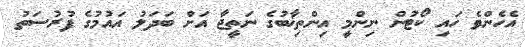
އެހެންވެ ހައި ކޯޓުން ނިންމީ އިންތިޚާބުގެ ނަތީޖާ އަށް ބަދަލު އައުމުގެ ފުރުސަތު